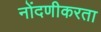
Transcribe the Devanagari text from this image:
नोंदणीकरता